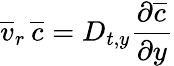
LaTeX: \overline{{v}}_{r}\, \overline{{c}}=D_{t,y}\frac{\partial\overline{{c}}}{\partial y}